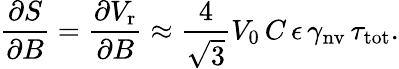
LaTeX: \frac{\partial S}{\partial B}=\frac{\partial V_{\mathrm{r}}}{\partial B}\approx\frac{4}{\sqrt{3}}V_{0}\, C\, \epsilon\, \gamma_{\mathrm{nv}}\, \tau_{\mathrm{tot}}.